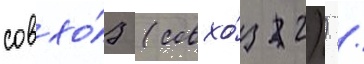
совхо́з (совхо́з 2)) /